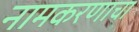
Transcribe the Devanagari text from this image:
नामकरणाचा